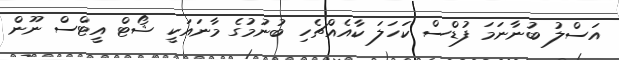
އަސްލު ބުނާނަމަ ފުޑްސް ކަހަލަ ކާއެއްޗެހި ބުނުމުގެ މާނައަކީ ޝޯޓް އީޓްސް ނޫން